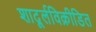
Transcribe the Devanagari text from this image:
शादूर्लविक्रीडित